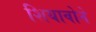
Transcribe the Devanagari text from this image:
शियावोने